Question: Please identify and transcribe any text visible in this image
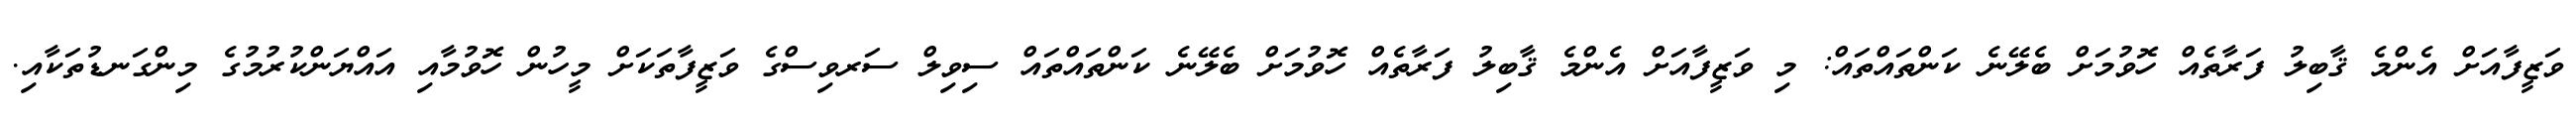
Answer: ވަޒީފާއަށް އެންމެ ޤާބިލު ފަރާތެއް ހޮވުމަށް ބެލޭނެ ކަންތައްތައް: މި ވަޒީފާއަށް އެންމެ ޤާބިލު ފަރާތެއް ހޮވުމަށް ބެލޭނެ ކަންތައްތައް ސިވިލް ސަރވިސްގެ ވަޒީފާތަކަށް މީހުން ހޮވުމާއި އައްޔަންކުރުމުގެ މިންގަނޑުތަކާއި.